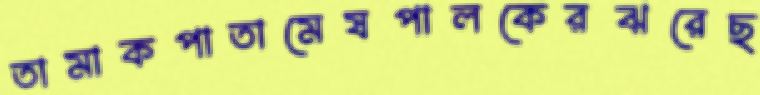
তামাকপাতামেষপালকেরঝরেছ